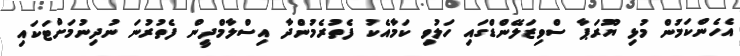
އެހެންކަމުން މުޅި ޔޫރަޕާ ސްވިޒަލޭންޑްގައި ހަލުވި ކަމާއެކު ފެތުރެމުންދާ އިސްލާމްދީން ފެތުރުނަ ނުދިނުމަށްޓަކައި